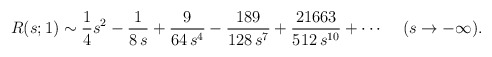
\begin{align*}R(s;1)\sim {1\over 4} s^2 -{1\over 8\, s} + {9\over 64\, s^4} -{189\over 128\, s^7}+ {21663\over 512\, s^{10}} +\cdots \, \ \ \ (s\rightarrow -\infty) .\end{align*}